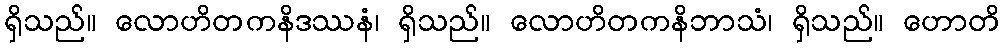
ရှိသည်။ လောဟိတကနိဒဿနံ၊ ရှိသည်။ လောဟိတကနိဘာသံ၊ ရှိသည်။ ဟောတိ